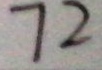
7 2